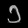
Digit: ၁